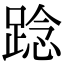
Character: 踗